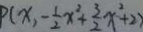
P ( x , - \frac { 1 } { 2 } x ^ { 2 } + \frac { 3 } { 2 } x ^ { 2 } + 2 )